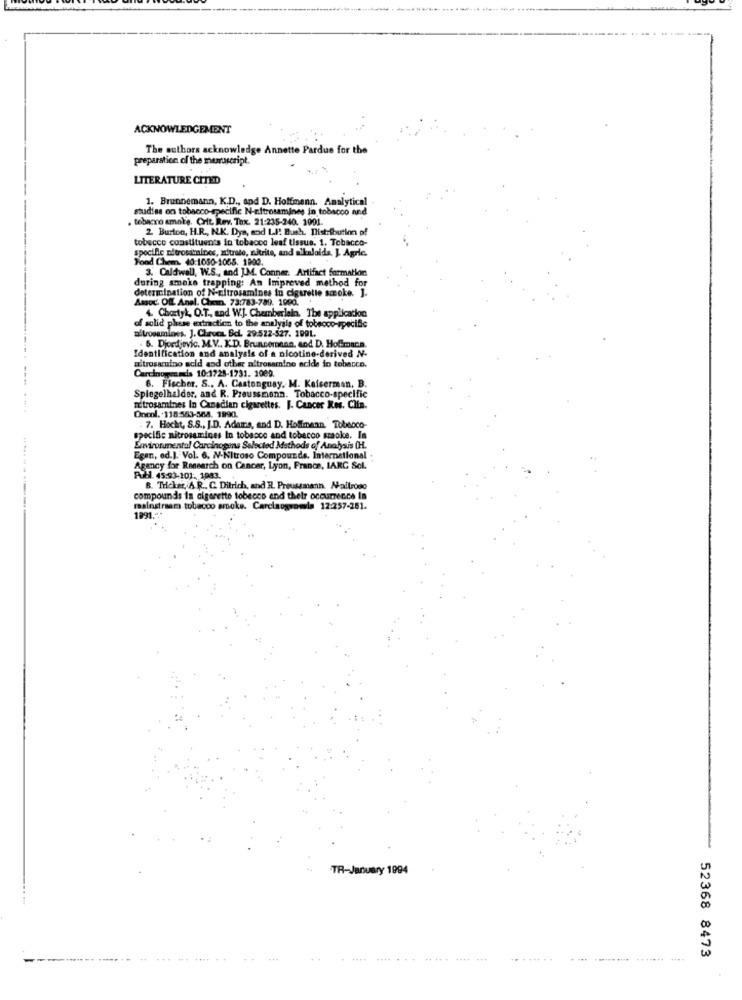
ACKNOWLEDGEMENT
The authors acknowledge Annette Pardue for the
preparation of the manuscript
LITERATURE CITED
1. Brunnemann, K.D ., and D. Hoffmann. Analytical
studies on tobacco-specific N-nitrosamines in tobacco and
. tobacco smoke. Coit. Rev. Tax. 21:235-240. 1091.
2 Burton, H.R ., N.K. Dya, and LI! Bush. Distribution of
tobecce constituents in tobacco leaf tissus. 1. Tobacco-
specific nitrostaines, uitrate, nitrite, and alkaloids. ]. Agric.
Fond Chem. 40:1050-1065. 1902.
3. Caldwell, W.S ., and J.M. Conner. Artifact formation
during amake trapping: An Impreved method for
determination of N-nitrosamines in cigarette smoke. ].
Assoc. Of Anel. Chen. 73:783-789. 1000.
4. Chostyl, O.T ., and W.J. Chamberlain. The application
a.losumines. J. Chroc. Bcl. 29:522-527. 1991.
of solid phase extraction to the analysis of tobeoco-specific
. 6. Djordjevic. M.V ., K.D. Bruncorean, and D. Hoffmann
Identification and analysis of a nicotine-derived N.
uitrosaruino acid and other altrosamine acide in tobacco.
Carcinogen ada 10:1725-1731. 2009.
6. Flecher. S ., A. Castonguay. M. Kaiserman, B.
Spiegelhalder. and R. Preussmenn. Tobacco-specific
rtrosamines In Canadian cigarettes. J. Cancer Res. Clin.
Oncol. 118:563-568. 1990.
. 7. Hocht, S.S ., J.D. Adams, and D. Hoffmann, Tobeoco-
specific nitrosamines In tobacco and tobacco smoke. In
Environmental Carcinogens Selected Methods of Analysis (H.
Egan, od.]. Vol. 6. N-Nitroso Compounds. International
Agency for Research on Cancer, Lyon, France, IARC Sol.
Full. 45:93-101. 1083.
B. Tricker, A.R .. C. Ditrich, and R. Preussmann. Nailroso
compounds is cigarette tobecco end their occurrence la
mainstream tobacco smoke. Carcinoguowada 12:257-251.
1991.3
TR-January 1994
......
..... ..... ..** ***
.......
52368 8473